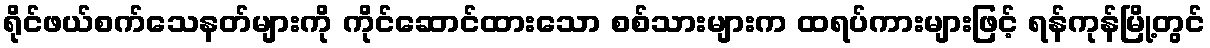
ရိုင်ဖယ်စက်သေနတ်များကို ကိုင်ဆောင်ထားသော စစ်သားများက ထရပ်ကားများဖြင့် ရန်ကုန်မြို့တွင်